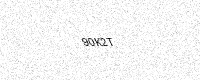
Text: 90K2T